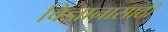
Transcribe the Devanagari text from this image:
विज्ञानासाठी